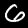
Digit: 6